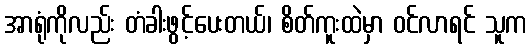
အာရုံကိုလည်း တံခါးဖွင့်ပေးတယ်၊ စိတ်ကူးထဲမှာ ဝင်လာရင် သူက